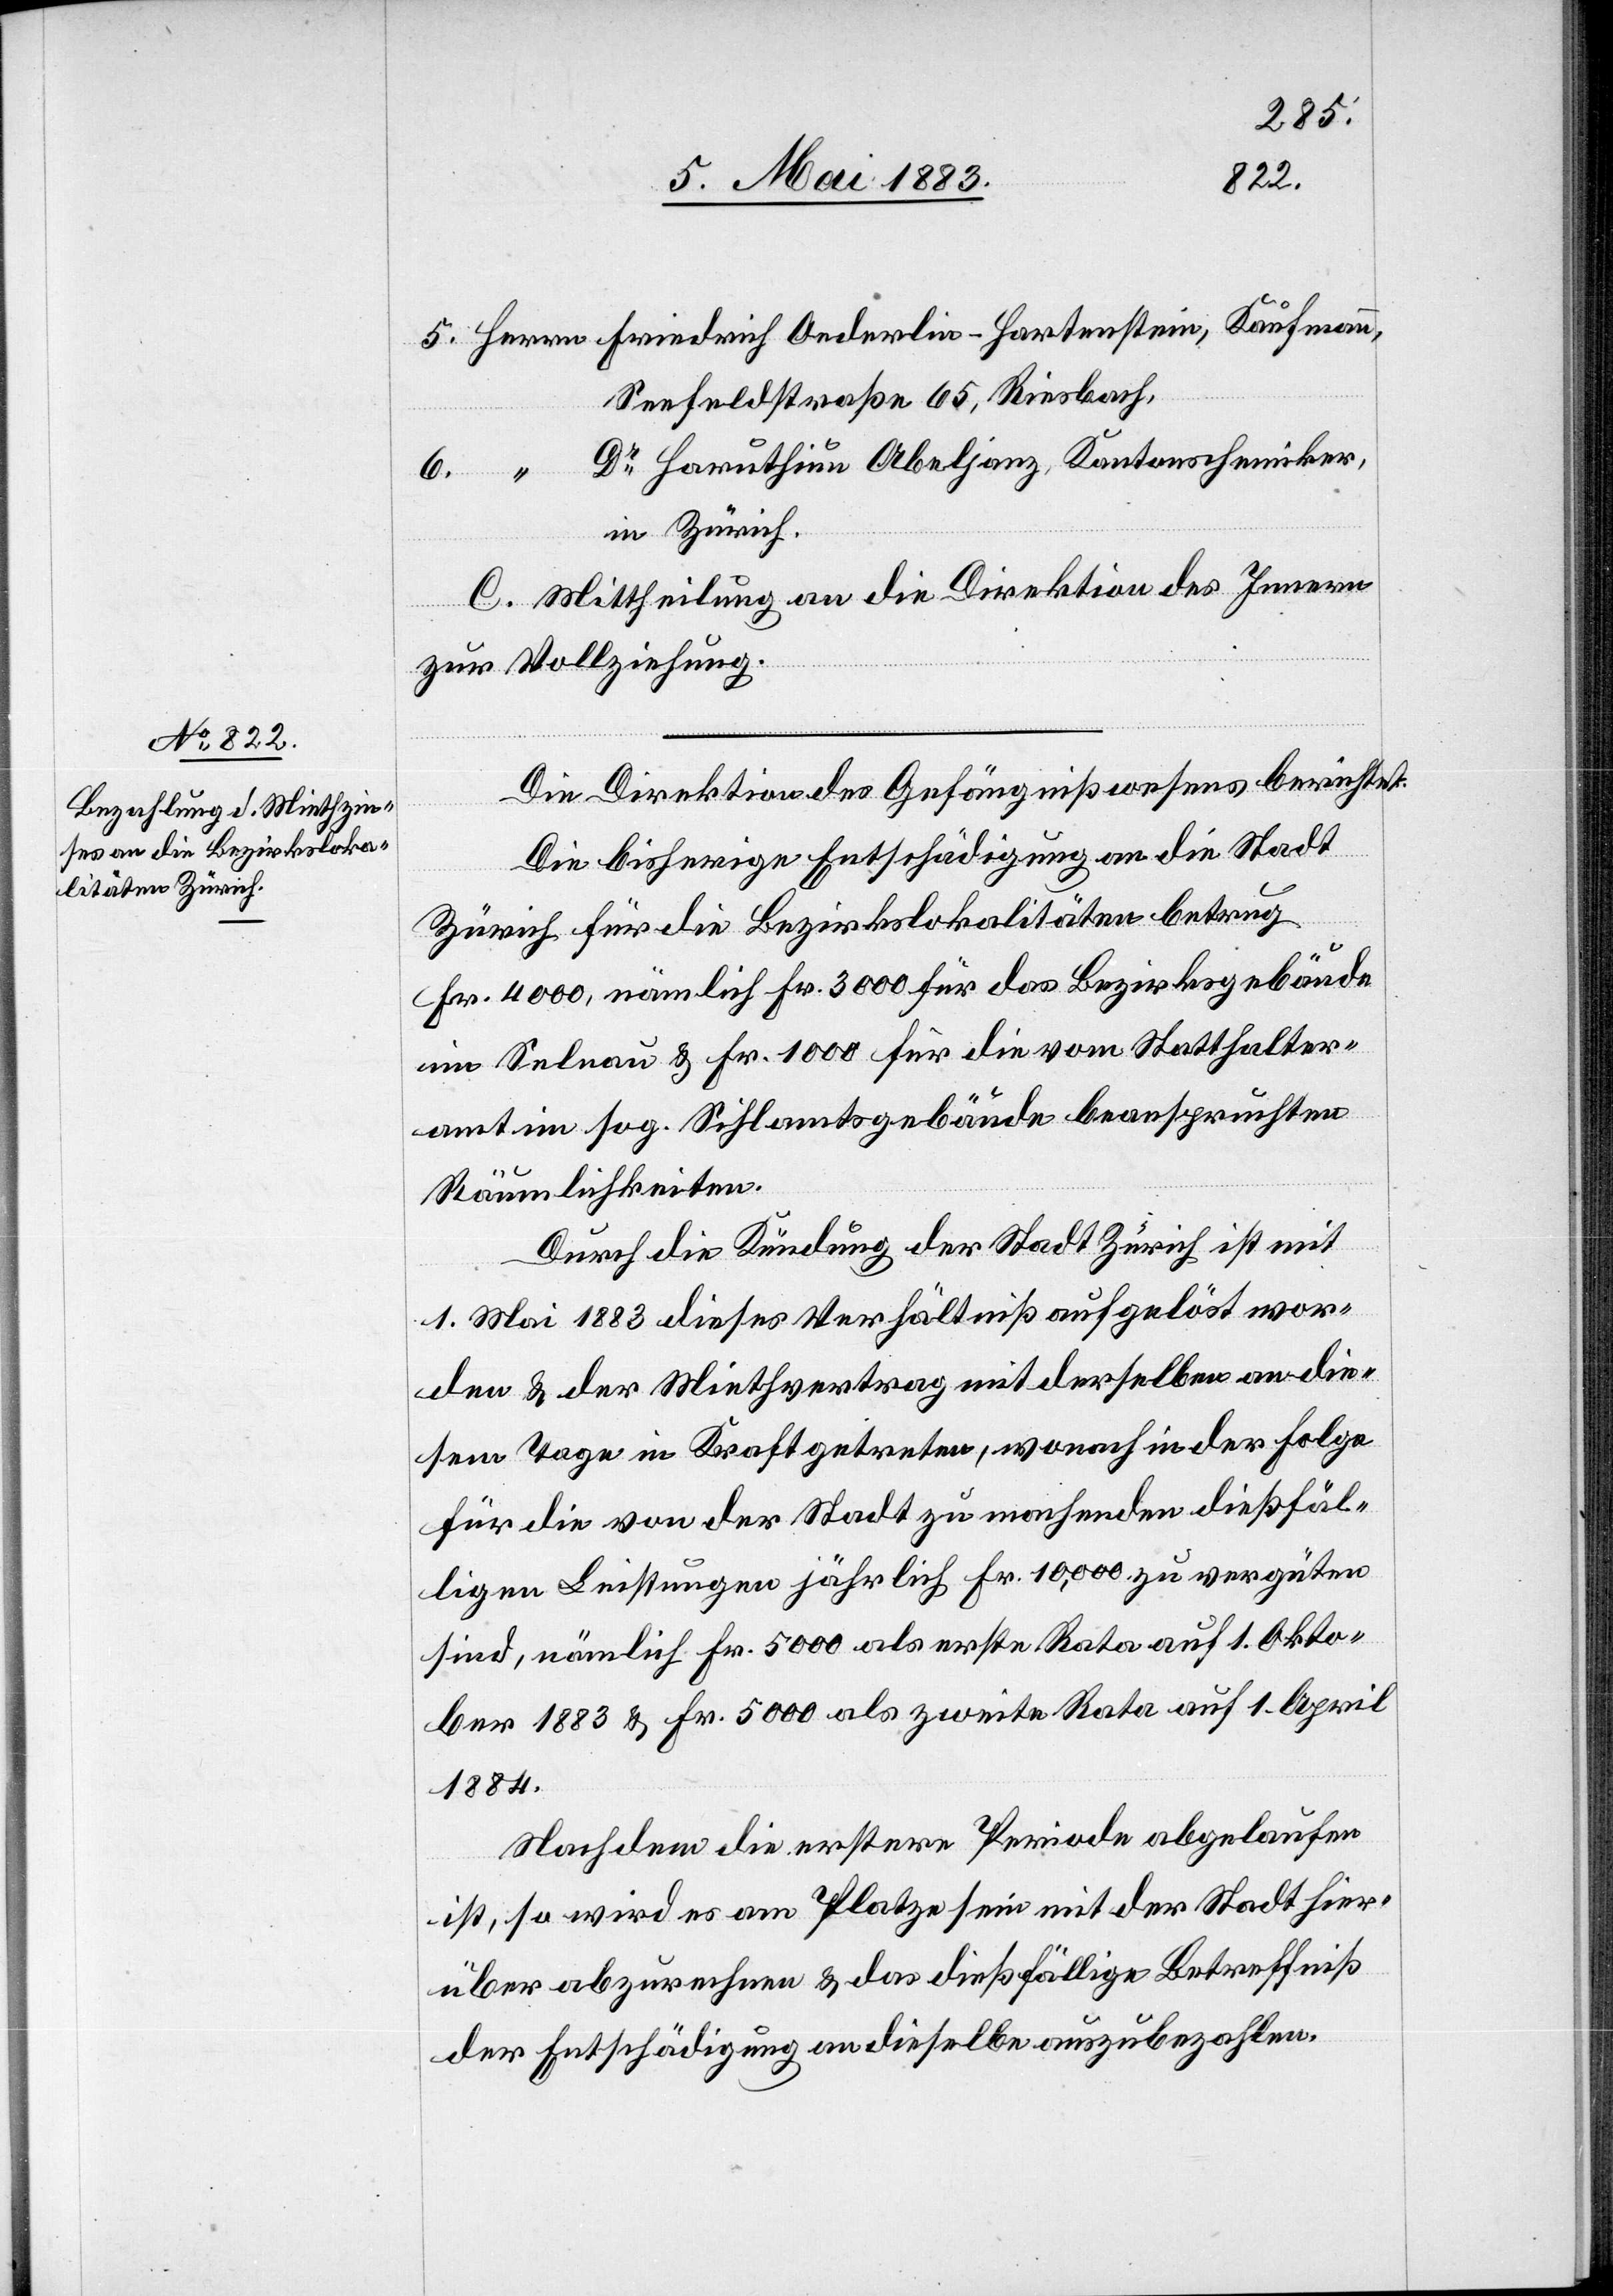
Seefeldstraße 65, Riesbach
Dr Haruthiun Abeljanz, Kantonschemiker,
in Zürich.
C. Mittheilung an die Direktion des Innern
zur Vollziehung.
Die Direktion des Gefängnißwesens berichtet:
Die bisherige Entschädigung an die Stadt
Zürich für die Bezirkslokalitäten betrug
Fr. 4000, nämlich Fr. 3000 für das Bezirksgebäude
im Selnau & Fr. 1000 für die vom Statthalter¬
amt im sog. Sihlamtsgebäude beanspruchten
Räumlichkeiten.
Durch die Kündung der Stadt Zürich ist mit
1. Mai 1883 dieses Verhältniß aufgelöst wor¬
den & der Miethvertrag mit derselben an die¬
sem Tage in Kraft getreten, wonach in der Folge
für die von der Stadt zu machenden diesfäl¬
ligen Leistungen jährlich Fr. 10,000 zu vergüten
sind, nämlich Fr. 5000 als erste Rata auf 1. Okto¬
ber 1883 & Fr. 5000 als zweite Rate auf 1. April
1884.
Nachdem die erstere Periode abgelaufen
ist, so wird es am Platze sein mit der Stadt hier¬
über abzurechnen & das dießfällige Betreffniß
der Entschädigung an dieselbe auszubezahlen.